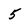
Character: 5